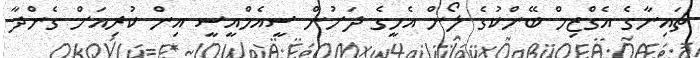
ޗައިނާގެ އެގްޒިމް ބޭންކުގެ ލޯން އެހީގެ ދަށުން ސީއެމްއީސީ އިން ކުރިއަށް ގެންދާ